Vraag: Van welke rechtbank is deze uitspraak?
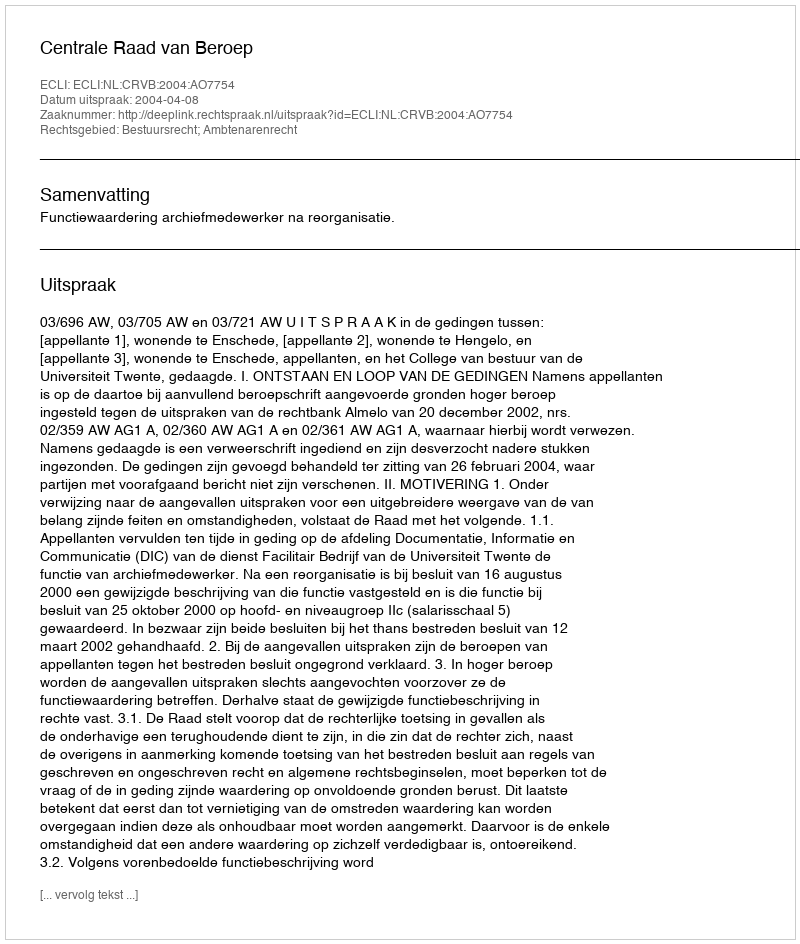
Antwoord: Centrale Raad van Beroep